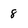
Character: 8